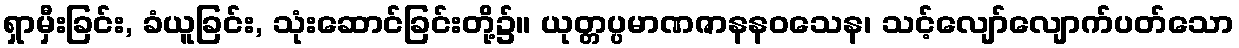
ရှာမှီးခြင်း, ခံယူခြင်း, သုံးဆောင်ခြင်းတို့၌။ ယုတ္တပ္ပမာဏဇာနနဝသေန၊ သင့်လျော်လျောက်ပတ်သော